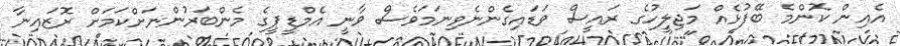
އެއިން ކޮންމެ ބޭފުޅެއް މަޖިލީހުގެ ރައީސް ވަޑައިގެންނެވިނަމަވެސް ވާނީ އެމްޑީޕީގެ މެންބަރުންނަށްކަމަށް ރޮޒައިނާ